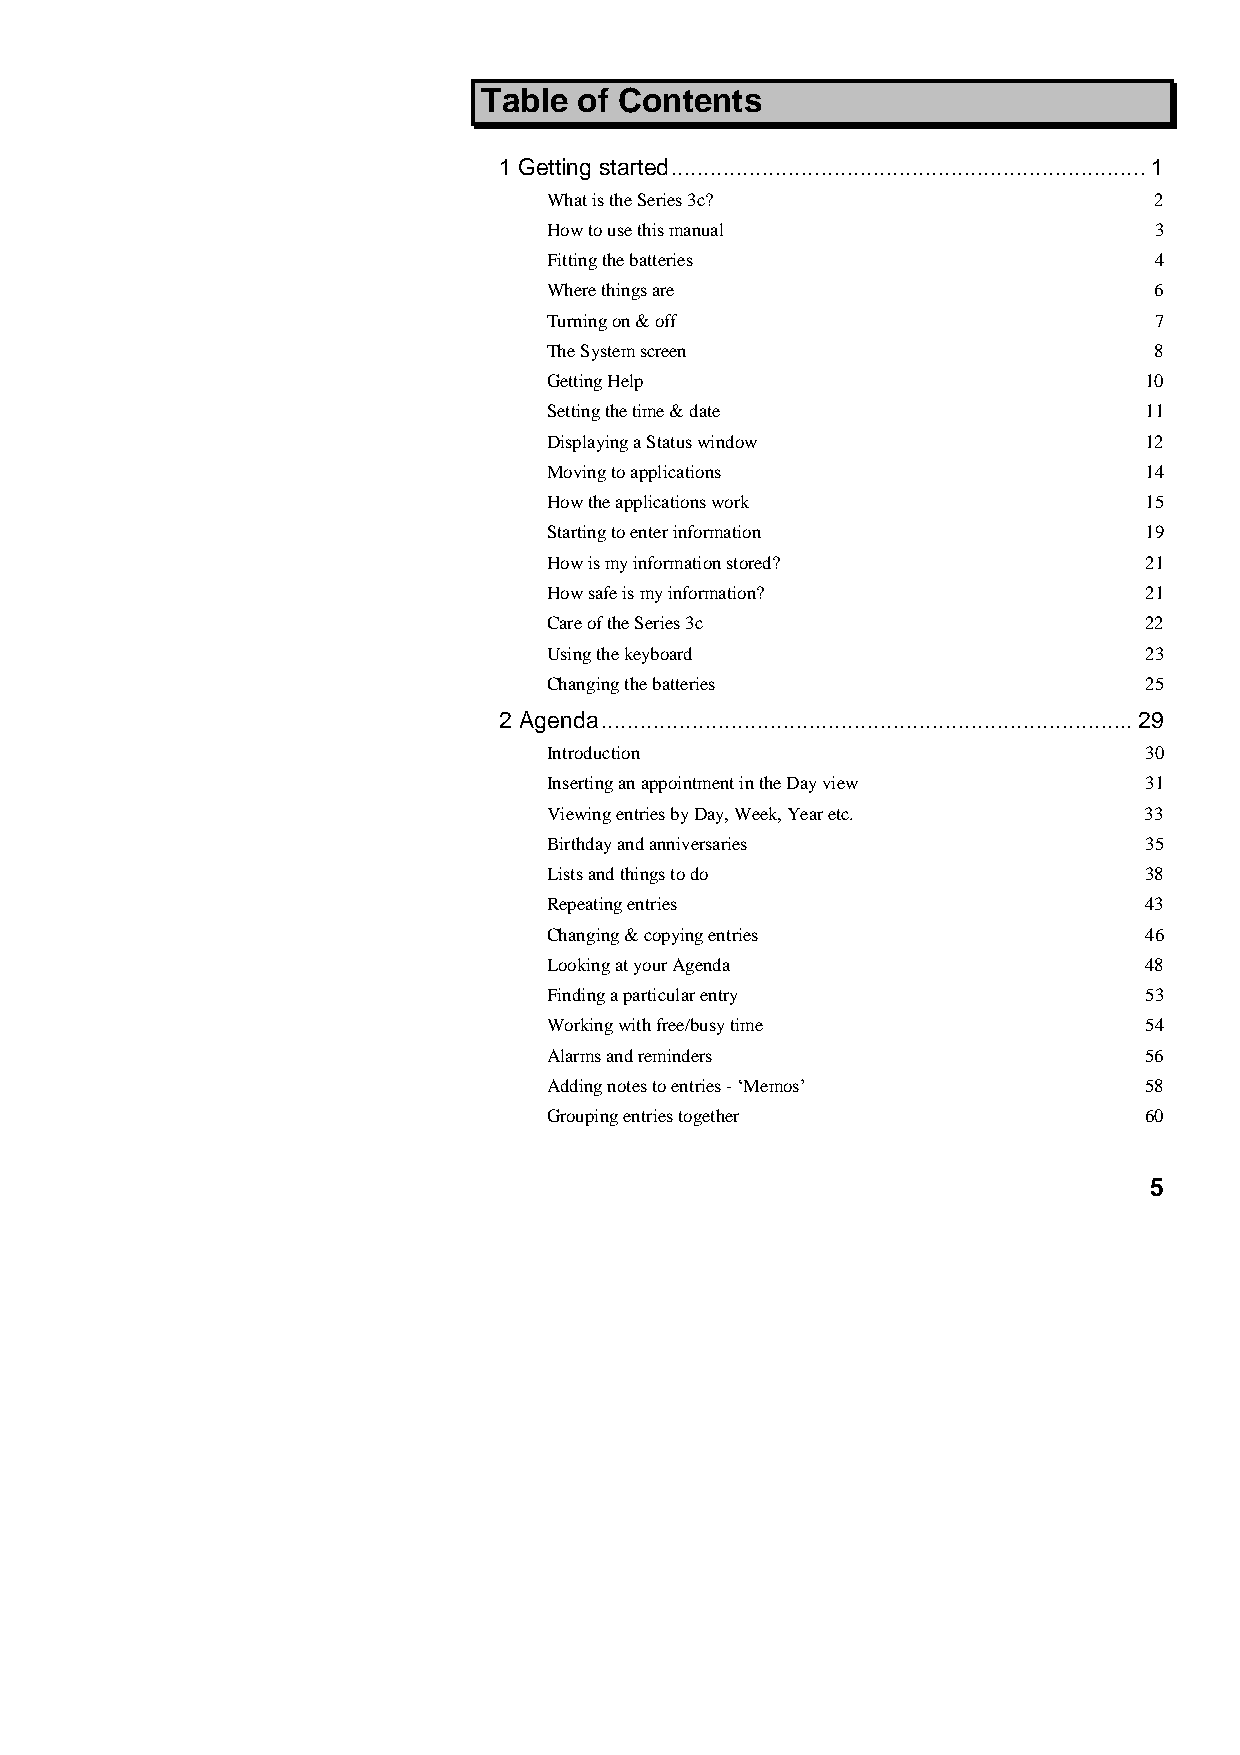
Table of Contents
 1 Getting started.........................................................................1
 What is the Series 3c?                  2
 How to use this manual                  3
 Fitting the batteries                   4
 Where things are                        6
 Turning on & off                        7
 The System screen                       8
 Getting Help                            10
 Setting the time & date                 11
 Displaying a Status window              12
 Moving to applications                  14
 How the applications work               15
 Starting to enter information           19
 How is my information stored?           21
 How safe is my information?             21
 Care of the Series 3c                   22
 Using the keyboard                      23
 Changing the batteries                  25
 2 Agenda..................................................................................29
 Introduction                            30
 Inserting an appointment in the Day view 31
 Viewing entries by Day, Week, Year etc. 33
 Birthday and anniversaries              35
 Lists and things to do                  38
 Repeating entries                       43
 Changing & copying entries              46
 Looking at your Agenda                  48
 Finding a particular entry              53
 Working with free/busy time             54
 Alarms and reminders                    56
 Adding notes to entries - ‘Memos’       58
 Grouping entries together               60
 5